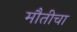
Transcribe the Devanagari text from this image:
मौतीचा